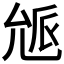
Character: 𠒕